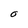
Character: O